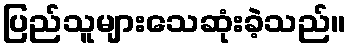
ပြည်သူများသေဆုံးခဲ့သည်။